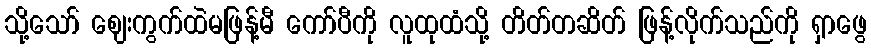
သို့သော် ဈေးကွက်ထဲမဖြန့်မီ ကော်ပီကို လူထုထံသို့ တိတ်တဆိတ် ဖြန့်လိုက်သည်ကို ရှာဖွေ